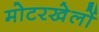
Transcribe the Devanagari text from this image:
मोटरखेलों